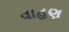
વાહણ